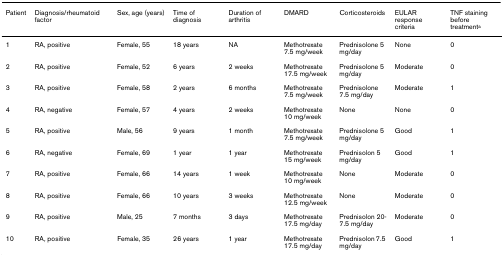
<table><thead><tr><td><b>Patient</b></td><td><b>Diagnosis/rheumatoid factor</b></td><td><b>Sex, age (years)</b></td><td><b>Time of diagnosis</b></td><td><b>Duration of arthritis</b></td><td><b>DMARD</b></td><td><b>Corticosteroids</b></td><td><b>EULAR response criteria</b></td><td><b>TNF staining before treatment<sup>a</sup></b></td></tr></thead><tbody><tr><td>1</td><td>RA, positive</td><td>Female, 55</td><td>18 years</td><td>NA</td><td>Methotrexate 7.5 mg/week</td><td>Prednisolone 5 mg/day</td><td>None</td><td>0</td></tr><tr><td>2</td><td>RA, positive</td><td>Female, 52</td><td>6 years</td><td>2 weeks</td><td>Methotrexate 17.5 mg/week</td><td>Prednisolone 5 mg/day</td><td>Moderate</td><td>0</td></tr><tr><td>3</td><td>RA, positive</td><td>Female, 58</td><td>2 years</td><td>6 months</td><td>Methotrexate 7.5 mg/week</td><td>Prednisolone 7.5 mg/day</td><td>Moderate</td><td>1</td></tr><tr><td>4</td><td>RA, negative</td><td>Female, 57</td><td>4 years</td><td>2 weeks</td><td>Methotrexate 10 mg/week</td><td>None</td><td>None</td><td>0</td></tr><tr><td>5</td><td>RA, positive</td><td>Male, 56</td><td>9 years</td><td>1 month</td><td>Methotrexate 7.5 mg/week</td><td>Prednisolone 5 mg/day</td><td>Good</td><td>1</td></tr><tr><td>6</td><td>RA, negative</td><td>Female, 69</td><td>1 year</td><td>1 year</td><td>Methotrexate 15 mg/week</td><td>Prednisolon 5 mg/day</td><td>Good</td><td>1</td></tr><tr><td>7</td><td>RA, positive</td><td>Female, 66</td><td>14 years</td><td>1 week</td><td>Methotrexate 10 mg/week</td><td>None</td><td>Moderate</td><td>0</td></tr><tr><td>8</td><td>RA, positive</td><td>Female, 66</td><td>10 years</td><td>3 weeks</td><td>Methotrexate 12.5 mg/week</td><td>None</td><td>Moderate</td><td>0</td></tr><tr><td>9</td><td>RA, positive</td><td>Male, 25</td><td>7 months</td><td>3 days</td><td>Methotrexate 17.5 mg/day</td><td>Prednisolon 20-7.5 mg/day</td><td>Moderate</td><td>0</td></tr><tr><td>10</td><td>RA, positive</td><td>Female, 35</td><td>26 years</td><td>1 year</td><td>Methotrexate 17.5 mg/day</td><td>Prednisolon 7.5 mg/day</td><td>Good</td><td>1</td></tr></tbody></table>